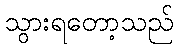
သွားရတော့သည်